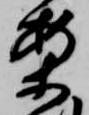
案